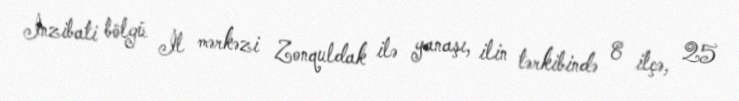
İnzibati bölgü İl mərkəzi Zonquldak ilə yanaşı, ilin tərkibində 8 ilçə, 25